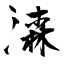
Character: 潹